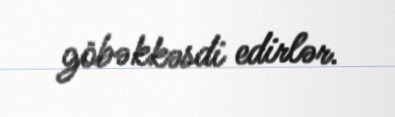
göbəkkəsdi edirlər.